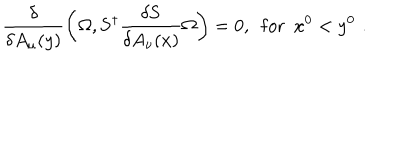
LaTeX: \frac { \delta } { \delta A _ { \mu } ( y ) } \left( \Omega , { \bf S } ^ { \dagger } \frac { \delta { \bf S } } { \delta A _ { \nu } ( x ) } \Omega \right) = 0 , \, \, \, \mathrm { f o r } \, \, \, x ^ { 0 } < y ^ { 0 } \, \, .